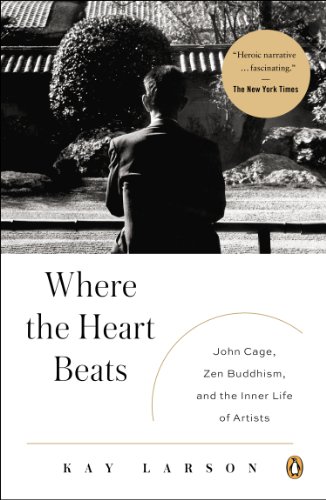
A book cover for Where the Heart Beats: John Cage, Zen Buddhism, and the Inner Life of Artists; Kay Larson; Religion & Spirituality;